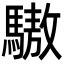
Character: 䮯